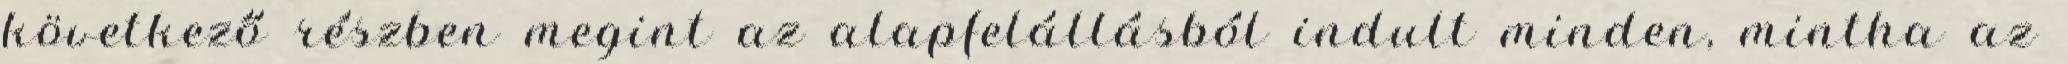
következő részben megint az alapfelállásból indult minden, mintha az